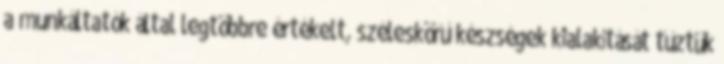
a munkáltatók által legtöbbre értékelt, széleskörű készségek kialakítását tűztük